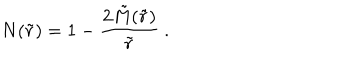
LaTeX: N ( \tilde { r } ) = 1 - \frac { 2 \tilde { M } ( \tilde { r } ) } { \tilde { r } } \ .